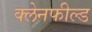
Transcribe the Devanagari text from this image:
क्लेनफील्ड